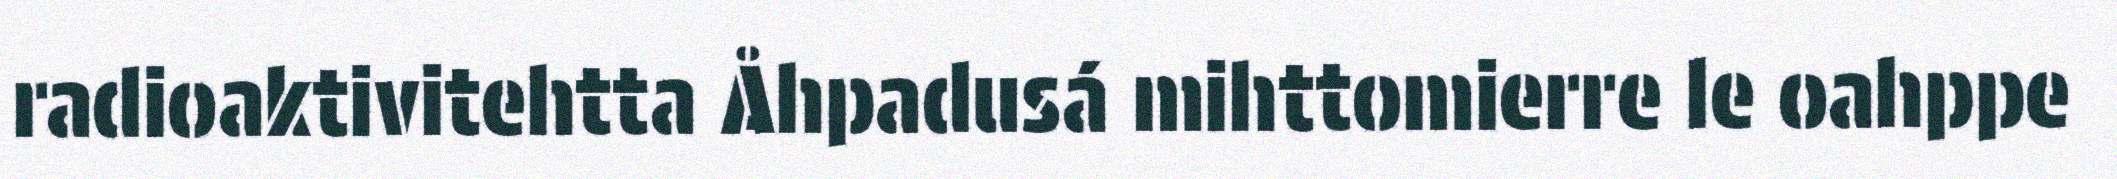
radioaktivitehtta Åhpadusá mihttomierre le oahppe